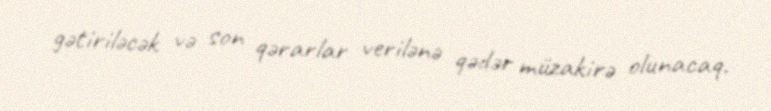
gətiriləcək və son qərarlar verilənə qədər müzakirə olunacaq.